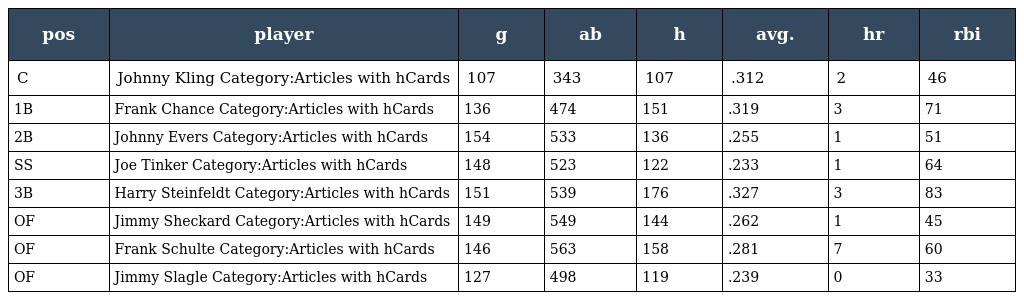
| pos | player | g | ab | h | avg. | hr | rbi |
 | --- | --- | --- | --- | --- | --- | --- | --- |
 | C | Johnny Kling Category:Articles with hCards | 107 | 343 | 107 | .312 | 2 | 46 |
 | 1B | Frank Chance Category:Articles with hCards | 136 | 474 | 151 | .319 | 3 | 71 |
 | 2B | Johnny Evers Category:Articles with hCards | 154 | 533 | 136 | .255 | 1 | 51 |
 | SS | Joe Tinker Category:Articles with hCards | 148 | 523 | 122 | .233 | 1 | 64 |
 | 3B | Harry Steinfeldt Category:Articles with hCards | 151 | 539 | 176 | .327 | 3 | 83 |
 | OF | Jimmy Sheckard Category:Articles with hCards | 149 | 549 | 144 | .262 | 1 | 45 |
 | OF | Frank Schulte Category:Articles with hCards | 146 | 563 | 158 | .281 | 7 | 60 |
 | OF | Jimmy Slagle Category:Articles with hCards | 127 | 498 | 119 | .239 | 0 | 33 |